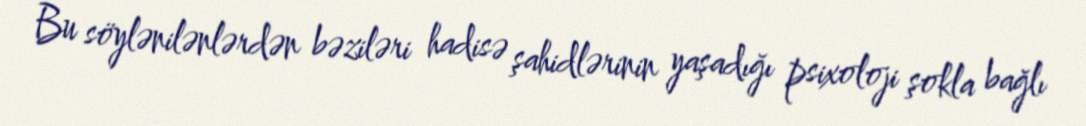
Bu söylənilənlərdən bəziləri hadisə şahidlərinin yaşadığı psixoloji şokla bağlı